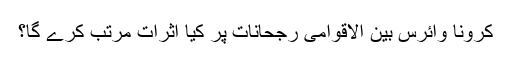
کرونا وائرس بین الاقوامی رجحانات پر کیا اثرات مرتب کرے گا؟